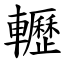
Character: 轣